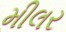
મીલર